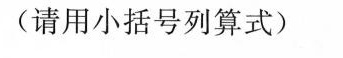
(请用小括号列算式)